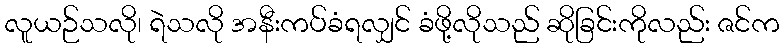
လူယဉ်သလို၊ ရဲသလို အနီးကပ်ခံရလျှင် ခံဖို့လိုသည် ဆိုခြင်းကိုလည်း ဇင်က